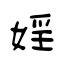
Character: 婬